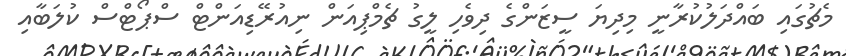
މެޗުގައި ބައްދަލުކުރާނީ މިދިޔަ ސީޒަންގެ ދިވެހި ލީގު ޗެމްޕިއަން ނިއުރޭޑިއަންޓް ސްޕޯޓްސް ކުލަބާއި